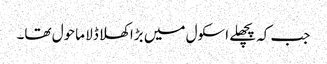
جب کہ پچھلے اسکول میں بڑا کھلا ڈلا ماحول تھا۔